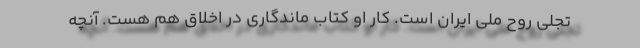
تجلي روح ملي ايران است. کار او کتاب ماندگاری در اخلاق هم هست. آنچه